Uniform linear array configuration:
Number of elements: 64
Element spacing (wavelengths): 0.75
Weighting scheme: hamming
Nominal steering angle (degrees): -45
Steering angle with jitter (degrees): -46.94
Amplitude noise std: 0.05
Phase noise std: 0.05

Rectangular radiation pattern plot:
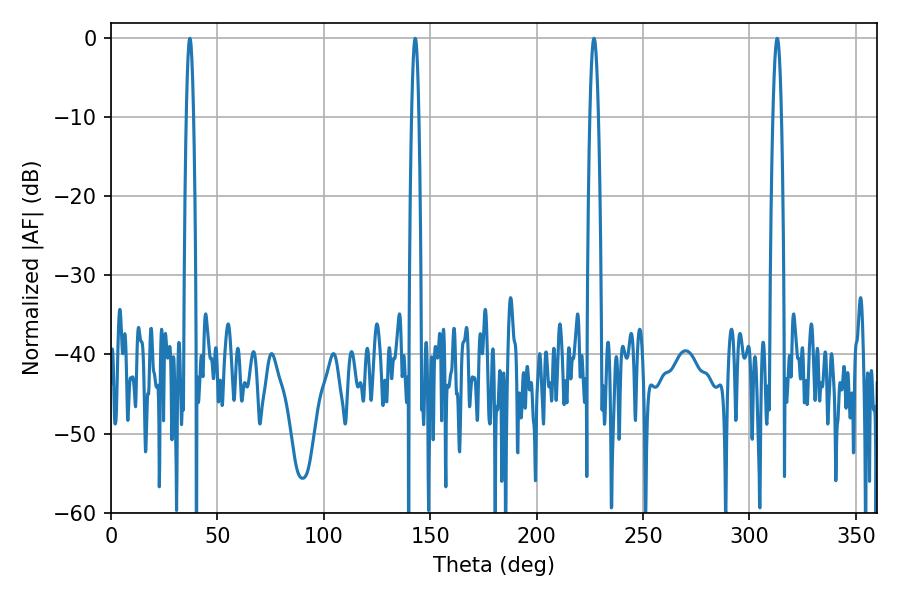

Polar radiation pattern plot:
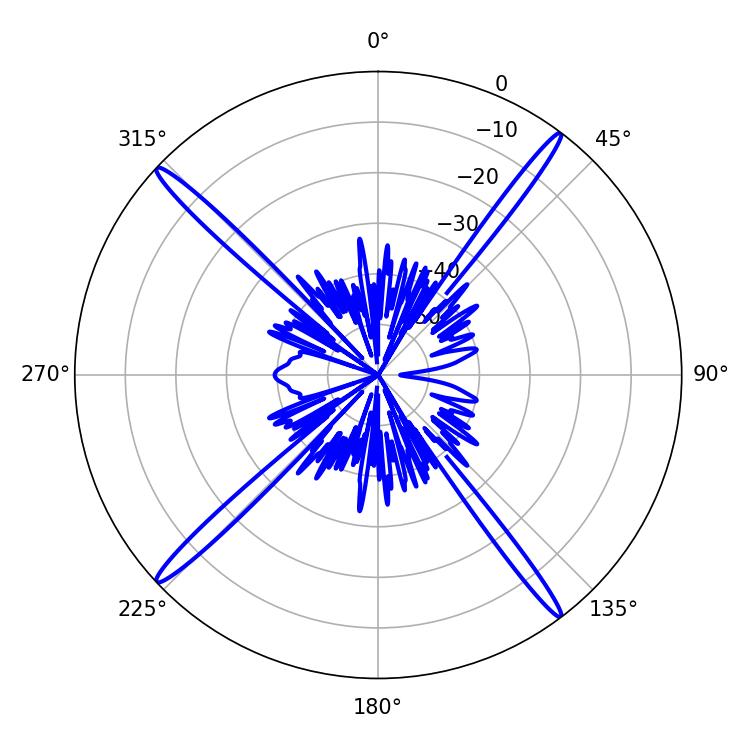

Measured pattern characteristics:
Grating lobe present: TRUE
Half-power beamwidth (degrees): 2.16
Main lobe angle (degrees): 226.98